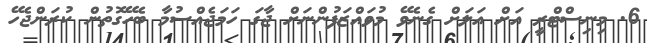
6. މިނިސްޓްރީ އަށް އަލަށް ގެނެވޭ މުވައްޒަފުންނަށް ޖާގަ ހަމަޖެއްސުމާ ބެހޭގޮތުން ކުރަންޖެހޭ